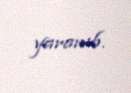
yaranıb.